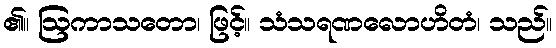
၏။ ဩကာသတော၊ ဖြင့်။ သံသရဏလောဟိတံ၊ သည်။